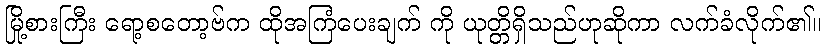
မြို့စားကြီး ရော့စတော့ဗ်က ထိုအကြံပေးချက် ကို ယုတ္တိရှိသည်ဟုဆိုကာ လက်ခံလိုက်၏။